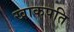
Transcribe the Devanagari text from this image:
खाकपति